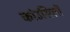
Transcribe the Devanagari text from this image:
कांउसिलों